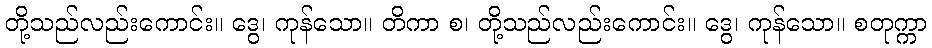
တို့သည်လည်းကောင်း။ ဒွေ၊ ကုန်သော။ တိကာ စ၊ တို့သည်လည်းကောင်း။ ဒွေ၊ ကုန်သော။ စတုက္ကာ